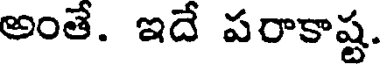
అంతే. ఇదే పరాకాష్ట.